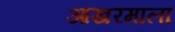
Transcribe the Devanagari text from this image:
आखरमाला